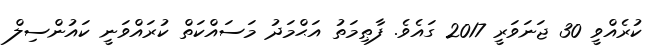
ކުރެއްވީ 30 ޖަނަވަރީ 2017 ގައެވެ. ފާޠިމަތު އަޙްމަދު މަސައްކަތް ކުރައްވަނީ ކައުންސިލް